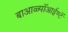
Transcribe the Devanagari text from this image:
बाआळ्पॉआईण्टॅ